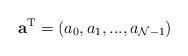
LaTeX: \begin{align*}{\bf a}^{\rm T} = ( a_0, a_1, ..., a_{{\cal N} -1} )\end{align*}